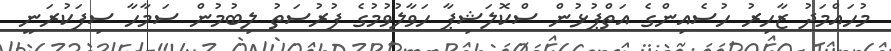
މުހައްމަދު ޒާހިރު ހުސެއިންގެ އަތްޕުޅުން ސްކޮލަޝިޕާ ހަވާލުވުމުގެ ފުރުސަތު ލިބުމުން ސަމާހާ ސިފަކުރަނީ